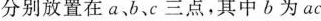
分别放置在a，b、c三点，其中b为ac